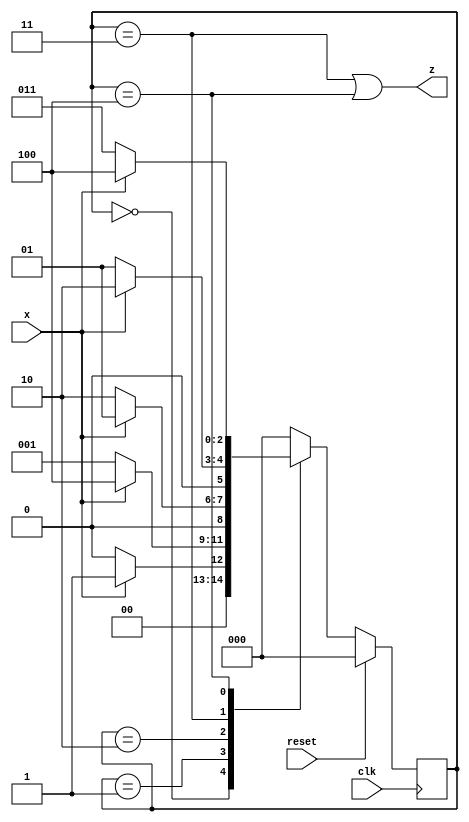
module top_module (
    input clk,
    input reset,   // Synchronous reset
    input x,
    output z
);
    
    reg [2 : 0] curr_state;
    reg [2 : 0] next_state;
    
    parameter S1 = 3'd0;
    parameter S2 = 3'd1;
    parameter S3 = 3'd2;
    parameter S4 = 3'd3;
    parameter S5 = 3'd4;
    
    always@(posedge clk)
    begin
        if(reset)
            curr_state <= S1;
    	else
            curr_state <= next_state;
    end
    
    always@(*)
    begin
        case(curr_state)
            S1: next_state = x ? S2 : S1;
            S2: next_state = x ? S5 : S2;
            S3: next_state = x ? S2 : S3;
            S4: next_state = x ? S3 : S2;
            S5: next_state = x ? S5 : S4;
            default: next_state = S1;
        endcase
    end
    
    assign z = (curr_state == S4) || (curr_state == S5);

endmodule